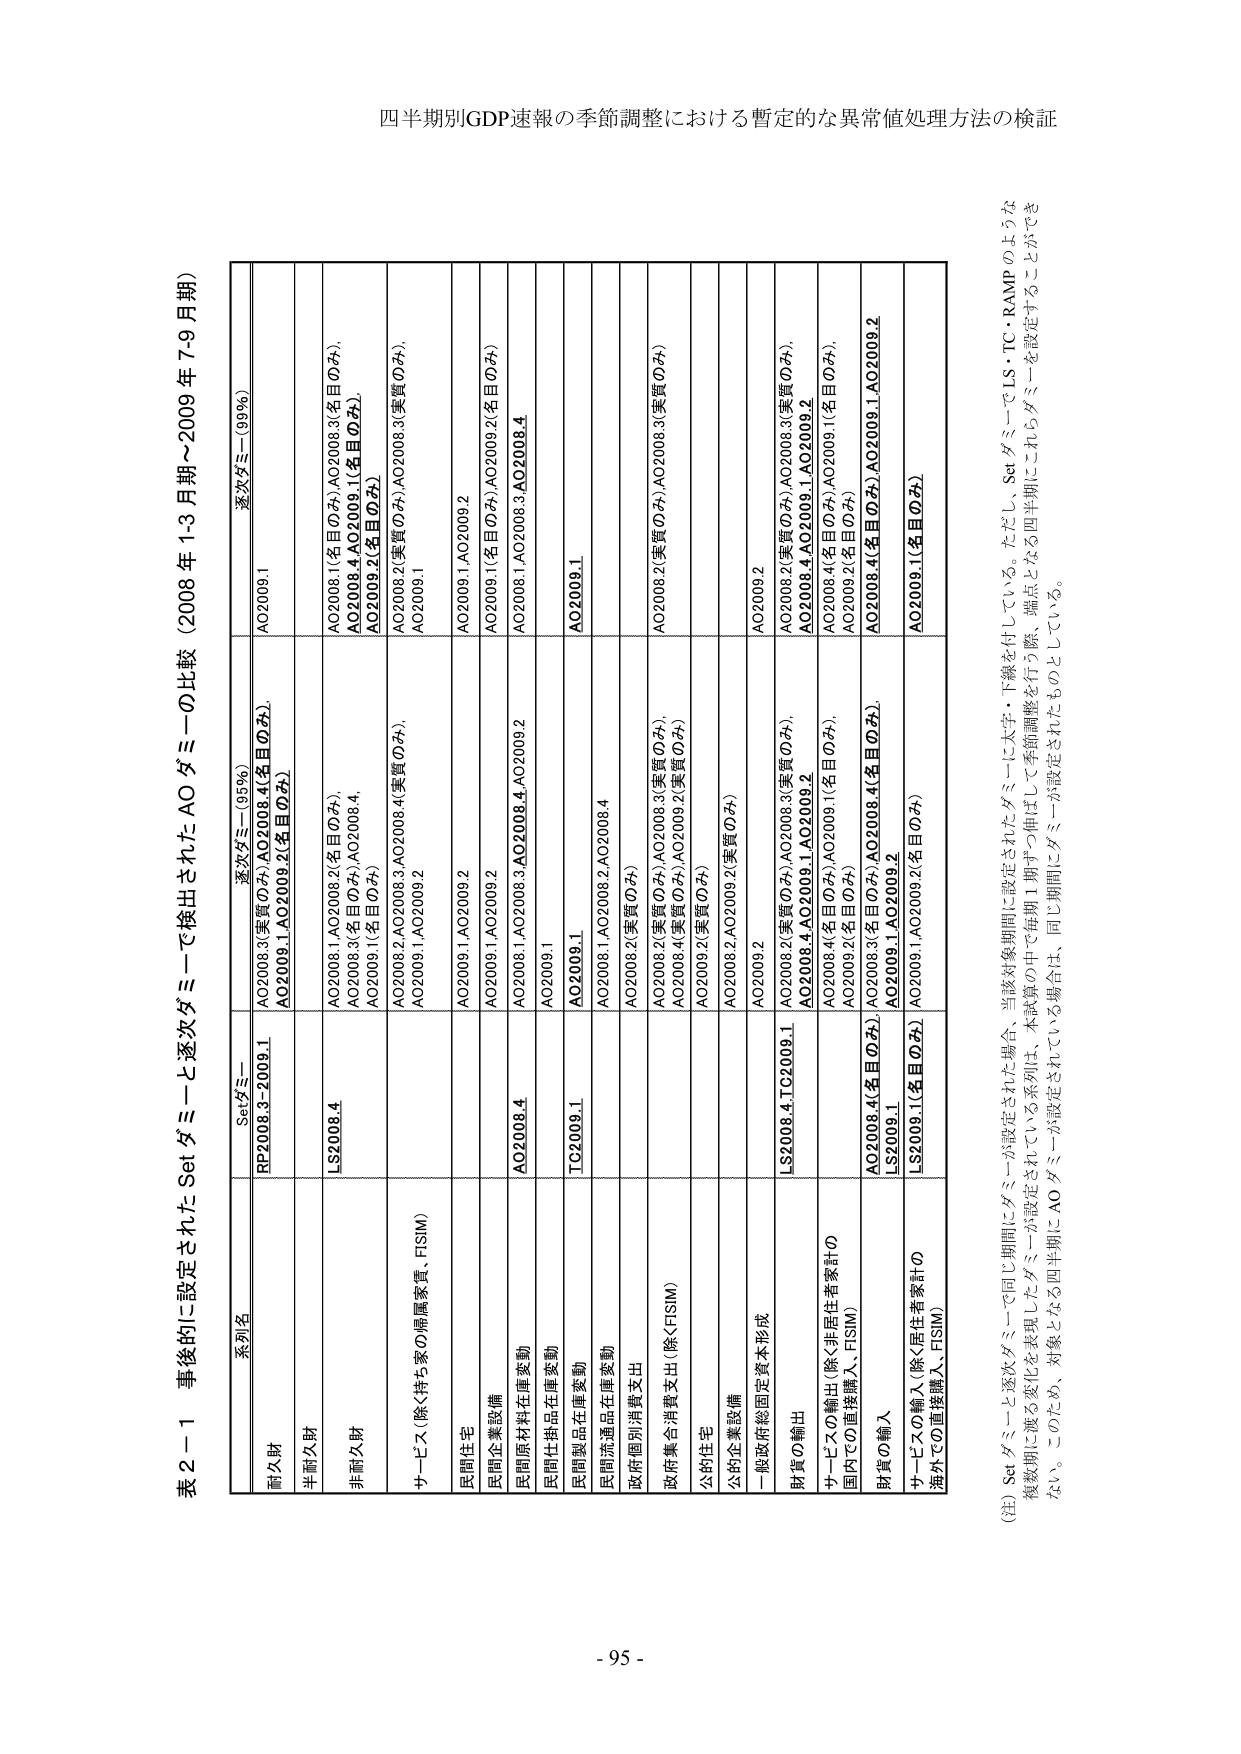
四半期別GDP速報の季節調整における暫定的な異常値処理方法の検証

表２－１ 事後的に設定されたSetダミーと逐次ダミーで検出されたAOダミーの比較（2008年1-3月期～2009年7-9月期）

系列名 Setダミー 逐次ダミー（95％） 逐次ダミー（99％）
耐久財 RP2008.3～2009.1 AO2008.3(実質のみ),AO2008.4(名目のみ), AO2009.1,AO2009.2(名目のみ) AO2009.1
半耐久財 LS2008.4 AO2008.1(AO2008.2(名目のみ), AO2008.3(名目のみ),AO2008.4, AO2009.1(名目のみ)) AO2008.1(名目のみ),AO2008.3(名目のみ), AO2008.4,AO2009.1(名目のみ), AO2009.2(名目のみ)
非耐久財 AO2008.2,AO2008.3,AO2008.4(実質のみ), AO2009.1,AO2009.2 AO2008.2(実質のみ),AO2008.3(実質のみ), AO2009.1
サービス（除く持ち家の帰属家賃、FISIM） AO2009.1,AO2009.2 AO2009.1,AO2009.2
民間住宅 AO2008.1,AO2009.2 AO2009.1(名目のみ),AO2009.2(名目のみ)
民間企業設備 AO2008.1,AO2009.2 AO2008.1,AO2008.3,AO2008.4
民間財材料在庫変動 AO2008.1,AO2008.3,AO2008.4,AO2009.2 AO2008.1,AO2008.3,AO2008.4
民間仕掛品在庫変動 AO2009.1 AO2009.1
民間製品在庫変動 AO2008.1 AO2008.1
民間流動品在庫変動 AO2008.1,AO2008.2,AO2008.4
政府個別消費支出 AO2008.2(実質のみ)
政府集合消費支出（除くFISIM） AO2008.2(実質のみ),AO2008.3(実質のみ), AO2008.4(実質のみ),AO2009.2(実質のみ) AO2008.2(実質のみ),AO2008.3(実質のみ)
公的住宅 AO2008.4(実質のみ) AO2008.4,AO2009.1,AO2009.2
公的企業設備 AO2008.2(実質のみ) AO2008.4(名目のみ),AO2009.1(名目のみ), AO2009.2(名目のみ)
一般政府総固定資本形成 AO2008.2,AO2009.2(実質のみ)
財貨の輸出 LS2008.4,TG2009.1 AO2009.2 AO2008.2(実質のみ),AO2008.3(実質のみ), AO2008.4,AO2009.1,AO2009.2
サービスの輸出（除く非居住者家計の 国内での直接購入、FISIM） AO2008.4(名目のみ) AO2008.4(名目のみ),AO2009.1(名目のみ), AO2009.2(名目のみ)
財貨の輸入 LS2008.1 AO2008.4(名目のみ),AO2008.4(名目のみ), AO2009.1,AO2009.2 AO2008.4(名目のみ),AO2009.1,AO2009.2
サービスの輸入（除く居住者家計の 海外での直接購入、FISIM） LS2009.1(名目のみ) AO2009.1,AO2009.2(名目のみ) AO2009.1(名目のみ)

（注）Setダミーと逐次ダミーで同じ期間にダミーが設定された場合、当該対象期間に設定されたダミーに太字・下線を付している。ただし、SetダミーでLS・TC・RAMPのような複数期に渡る変化を表現したダミーが設定されている系列は、本試算の中では毎期1期ずつ伸ばして季節調整を行う際、端点となる四半期にこれらダミーを設定することができない。このため、対象となる四半期にAOダミーが設定されている場合は、同じ期間にダミーが設定されたものとしている。

-95-